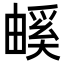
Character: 𤳃